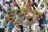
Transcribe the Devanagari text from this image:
हडेरा